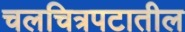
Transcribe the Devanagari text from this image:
चलचित्रपटातील